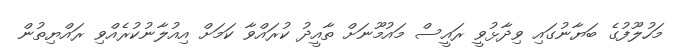
މަހުލޫފުގެ ބަޔާނުގައި ވިދާޅުވީ ރައީސް މައުމޫނަށް ތާއީދު ކުރައްވާ ކަމަށް އިއުލާނުކުރެއްވި ރައްޔިތުން